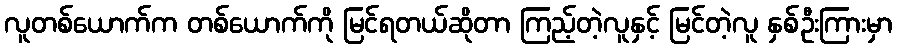
လူတစ်ယောက်က တစ်ယောက်ကို မြင်ရတယ်ဆိုတာ ကြည့်တဲ့လူနှင့် မြင်တဲ့လူ နှစ်ဦးကြားမှာ